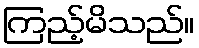
ကြည့်မိသည်။